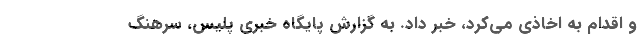
و اقدام به اخاذی می‌کرد، خبر داد. به گزارش پایگاه خبری پلیس، سرهنگ